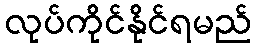
လုပ်ကိုင်နိုင်ရမည်